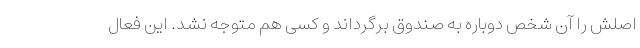
اصلش را آن شخص دوباره به صندوق برگرداند و کسی هم متوجه نشد. این فعال